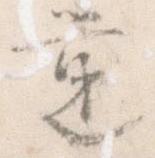
覚